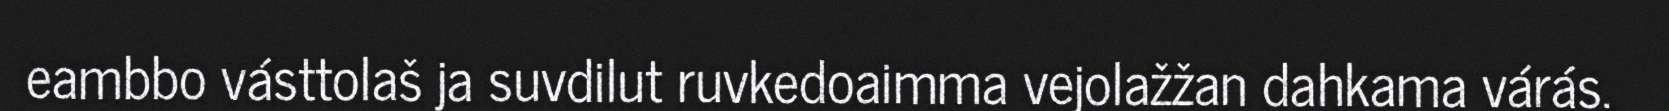
eambbo vásttolaš ja suvdilut ruvkedoaimma vejolažžan dahkama várás.